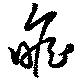
瞻